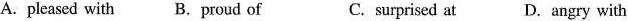
A.pleased with B. Proud of C. surprised at D. Angry with